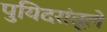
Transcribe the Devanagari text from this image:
पुयिदरांतूले